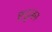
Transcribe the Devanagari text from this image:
इन्ट्रुज़न